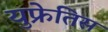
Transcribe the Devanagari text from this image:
युफ्रेतिस